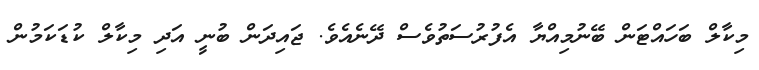
މިކާލް ބަހައްޓަން ބޭނުމިއްޔާ އެފުރުސަތުވެސް ދޭނެއެވެ. ޖައިދަން ބުނީ އަދި މިކާލް ކުޑަކަމުން